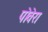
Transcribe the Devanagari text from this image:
पोवेरा